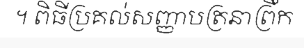
។ ពិធីប្រគល់សញ្ញាបត្រនាព្រឹក